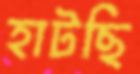
হাটছি